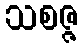
သစဇ္ဇ